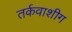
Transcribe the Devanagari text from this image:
तर्कवाशीग